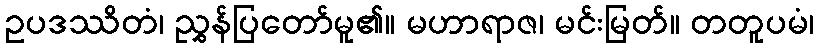
ဥပဒဿိတံ၊ ညွှန်ပြတော်မူ၏။ မဟာရာဇ၊ မင်းမြတ်။ တတူပမံ၊